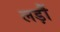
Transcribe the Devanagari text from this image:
लड़ौं